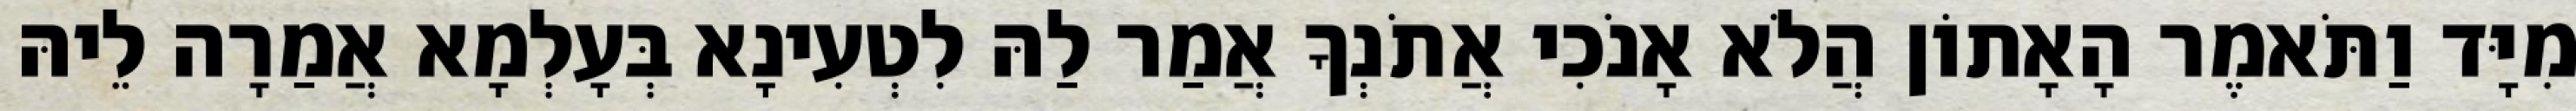
מִיָּד וַתֹּאמֶר הָאָתוֹן הֲלֹא אָנֹכִי אֲתֹנְךָ אֲמַר לַהּ לִטְעִינָא בְּעָלְמָא אֲמַרָה לֵיהּ